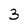
Character: 3